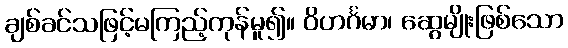
ချစ်ခင်သဖြင့်မကြည့်ကုန်မူ၍။ ဝိဟင်္ဂမာ၊ ဆွေမျိုးဖြစ်သော